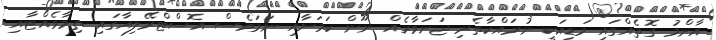
އާންމު ގޮތެއްގައި މަޑިއަކީ ނުރައްކާތެރި ޖަނަވާރެއް ނޫން ކަމަށާއި ނަމަވެސް އޮސްޓްރޭލިއާގައި ތިމާވެއްޓާއި